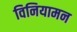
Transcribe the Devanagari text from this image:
विनियामन